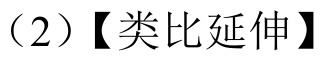
（2）【类比延伸】